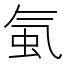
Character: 𧉁